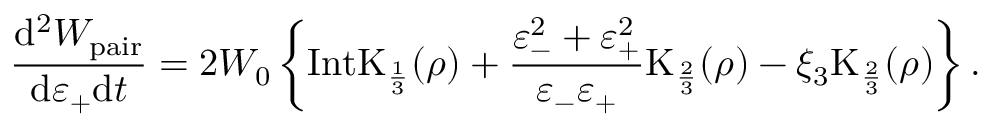
\frac { \mathrm { d } ^ { 2 } W _ { \mathrm { p a i r } } } { \mathrm { d } \varepsilon _ { + } \mathrm { d } t } = 2 W _ { 0 } \left\{ \mathrm { I n t K } _ { \frac { 1 } { 3 } } ( \rho ) + \frac { \varepsilon _ { - } ^ { 2 } + \varepsilon _ { + } ^ { 2 } } { \varepsilon _ { - } \varepsilon _ { + } } \mathrm { K } _ { \frac { 2 } { 3 } } ( \rho ) - \xi _ { 3 } \mathrm { K } _ { \frac { 2 } { 3 } } ( \rho ) \right\} .